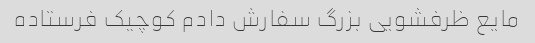
مایع ظرفشویی بزرگ سفارش دادم کوچیک فرستاده